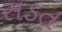
સડત